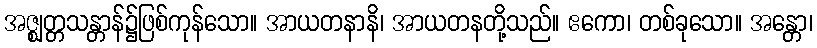
အဇ္ဈတ္တသန္တာန်၌ဖြစ်ကုန်သော။ အာယတနာနိ၊ အာယတနတို့သည်။ ဧကော၊ တစ်ခုသော။ အန္တော၊